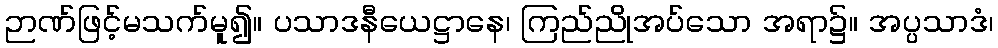
ဉာဏ်ဖြင့်မသက်မူ၍။ ပသာဒနီယေဋ္ဌာနေ၊ ကြည်ညိုအပ်သော အရာ၌။ အပ္ပသာဒံ၊